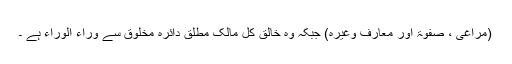
(مراغی ، صفوۃ اور معارف وغیرہ) جبکہ وہ خالق کل مالک مطلق دائرہ مخلوق سے وراء الوراء ہے ۔